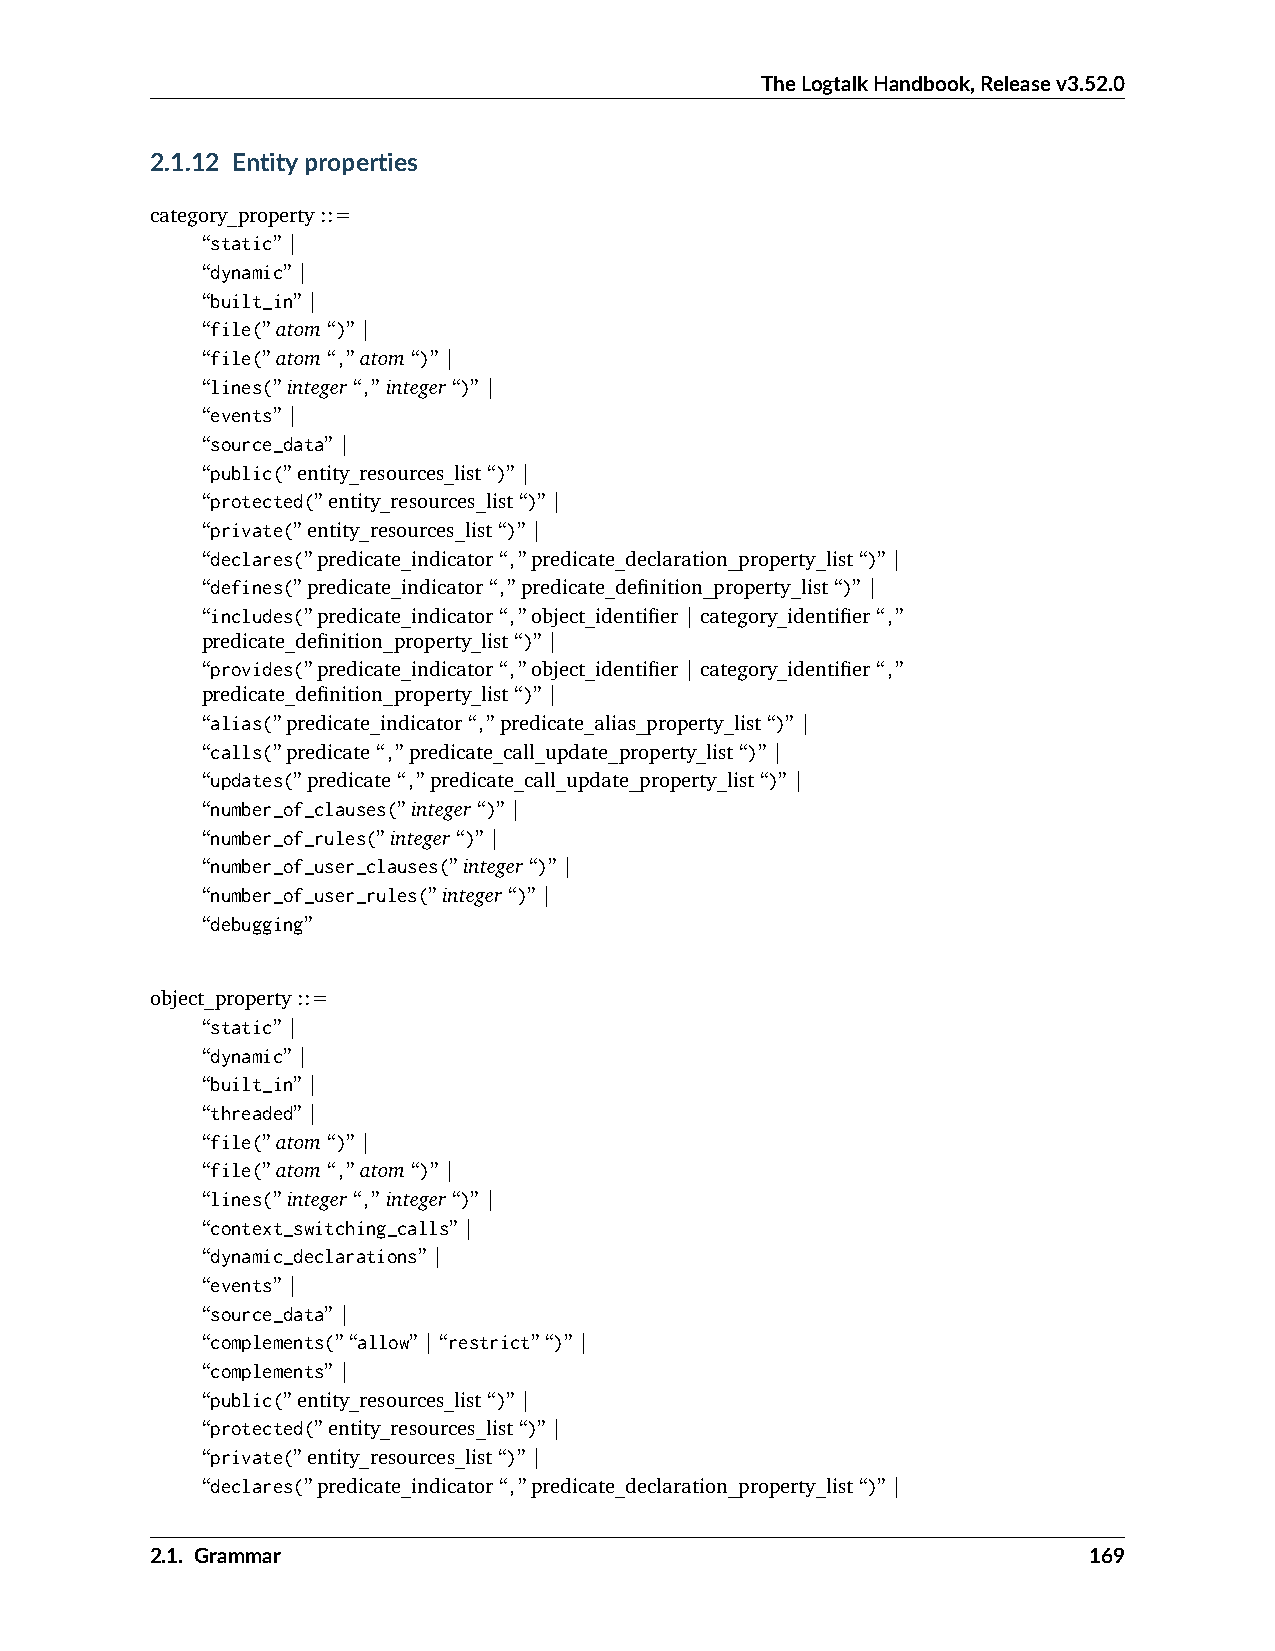
TheLogtalkHandbook,Releasev3.52.0
 2.1.12 Entityproperties
 category_property::=
 “static”|
 “dynamic”|
 “built_in”|
 “file(”atom“)”|
 “file(”atom“,”atom“)”|
 “lines(”integer“,”integer“)”|
 “events”|
 “source_data”|
 “public(”entity_resources_list“)”|
 “protected(”entity_resources_list“)”|
 “private(”entity_resources_list“)”|
 “declares(”predicate_indicator“,”predicate_declaration_property_list“)”|
 “defines(”predicate_indicator“,”predicate_definition_property_list“)”|
 “includes(”predicate_indicator“,”object_identifier|category_identifier“,”
 predicate_definition_property_list“)”|
 “provides(”predicate_indicator“,”object_identifier|category_identifier“,”
 predicate_definition_property_list“)”|
 “alias(”predicate_indicator“,”predicate_alias_property_list“)”|
 “calls(”predicate“,”predicate_call_update_property_list“)”|
 “updates(”predicate“,”predicate_call_update_property_list“)”|
 “number_of_clauses(”integer“)”|
 “number_of_rules(”integer“)”|
 “number_of_user_clauses(”integer“)”|
 “number_of_user_rules(”integer“)”|
 “debugging”
 object_property::=
 “static”|
 “dynamic”|
 “built_in”|
 “threaded”|
 “file(”atom“)”|
 “file(”atom“,”atom“)”|
 “lines(”integer“,”integer“)”|
 “context_switching_calls”|
 “dynamic_declarations”|
 “events”|
 “source_data”|
 “complements(”“allow”|“restrict”“)”|
 “complements”|
 “public(”entity_resources_list“)”|
 “protected(”entity_resources_list“)”|
 “private(”entity_resources_list“)”|
 “declares(”predicate_indicator“,”predicate_declaration_property_list“)”|
 2.1. Grammar                                                  169